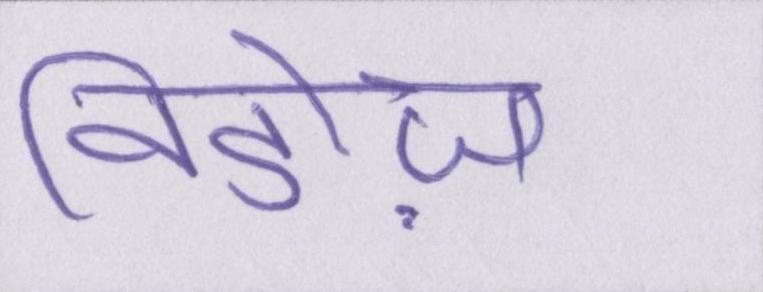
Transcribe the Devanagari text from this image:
विडोज़